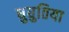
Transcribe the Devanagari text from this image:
घुघुतिया